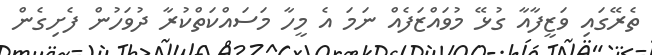
ތެރޭގައި ވަޒީފާއާ ގުޅޭ މުވައްޒަފެއް ނަމަ އެ މީހާ މަސައްކަތްކުރާ ދުވަހުން ފެށިގެން